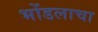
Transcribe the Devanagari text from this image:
भोंडलाचा